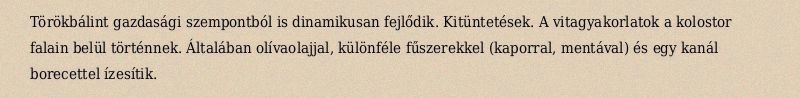
Törökbálint gazdasági szempontból is dinamikusan fejlődik. Kitüntetések. A vitagyakorlatok a kolostor falain belül történnek. Általában olívaolajjal, különféle fűszerekkel (kaporral, mentával) és egy kanál borecettel ízesítik.